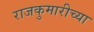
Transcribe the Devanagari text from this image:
राजकुमारीच्या